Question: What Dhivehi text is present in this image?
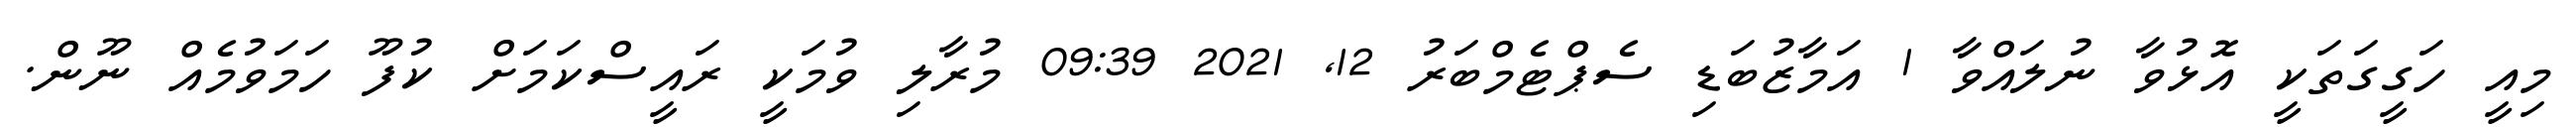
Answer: މިއީ ހަގީގަތަކީ އޮޅުވާ ނުލައްވާ 1 އަމާޒުބަޑި ސެޕްޓެމްބަރު 12, 2021 09:39 މުރާލި ވުމަކީ ރައީސްކަމަށް ކުފޫ ހަމަވުމެއް ނޫން.